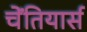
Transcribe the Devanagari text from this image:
चेंतियार्स